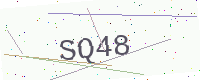
Text: SQ48